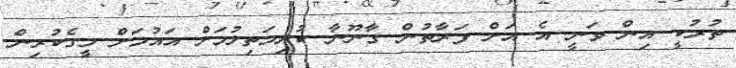
ތުރުކީ އިން ވަނީ އެ އަށް ފަރާތުން ގާނޫނާ ކުރިމަތިލުމަށް އައުމަށް މީގެކުރިން